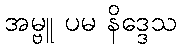
အမ္ဗူ ပမ နိဒ္ဒေသ